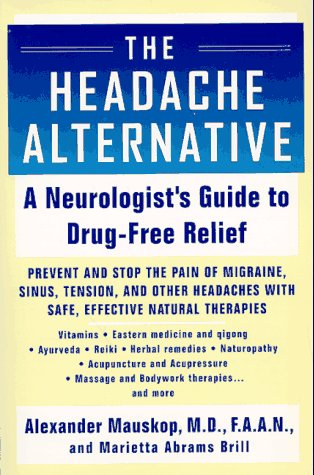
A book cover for The Headache Alternative: A Neurologist's Guide to Drug- Free Relief; Alexander Mauskop; Health, Fitness & Dieting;